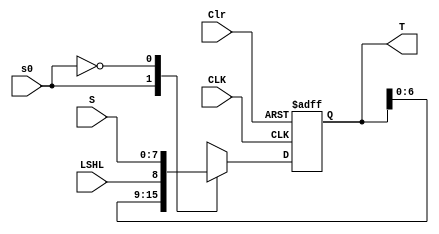
//Register
module Register(S,LSHL,s0,CLK,Clr,T);
input s0;
input CLK,Clr,LSHL;
input [7:0] S;
output [7:0] T;
reg [7:0] T;

always @ (posedge CLK or negedge Clr)
    if(~Clr) T = 8'b00000000;
    else 
    case({s0})
    1'b1: T = {T[6:0],LSHL}; //shift left
    1'b0: T = S;  //parallel load
    endcase
 endmodule
 
 //test register
 module reg_test();
 reg s0,CLK,Clr,LSHL;
 reg [7:0]S;
 wire [7:0]T;
 Register ThisRegistere(S,LSHL,s0,CLK,Clr,T);
	initial
	begin
	S=$random; 
	CLK = 1; LSHL = 0; Clr = 1;
	s0=0;
	end
	always
	#100 s0=~s0;
	always
	#50 CLK=~CLK;
 endmodule